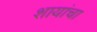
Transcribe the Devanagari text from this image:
शायांचा